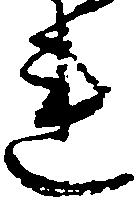
連